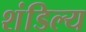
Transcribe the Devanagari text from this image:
शंडिल्य